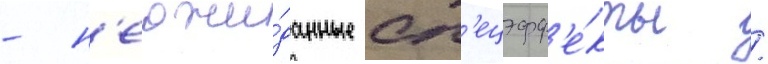
- н'еожи́данные сп'ецэфф'е́кты /